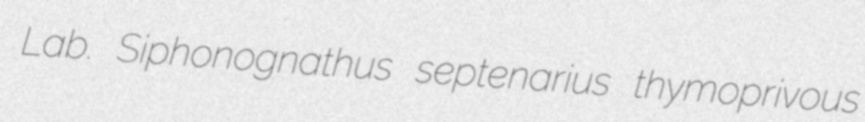
Lab. Siphonognathus septenarius thymoprivous